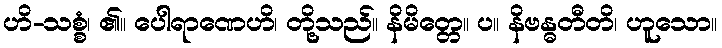
ဟိ-သစ္စံ၊ ၏။ ပေါရာဏေဟိ၊ တို့သည်။ နိမိတ္တေ။ ပ။ နိဗန္ဓတီတိ၊ ဟူသော။